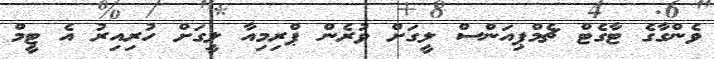
ވެންގާގެ ޓާގެޓް ޗެމްޕިއަންސް ލީގަށް ވުރެން ޕްރިމިއާ ލީގަށް ހުރިއިރު އެ ޓީމް